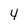
Character: 4